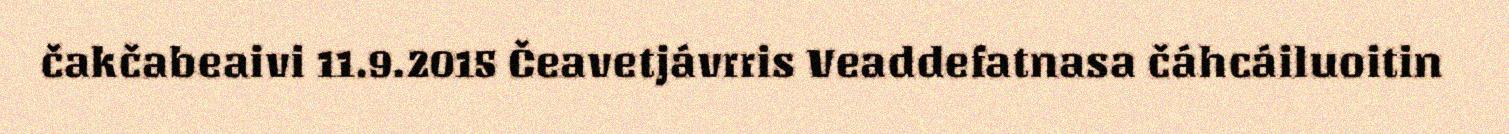
čakčabeaivi 11.9.2015 Čeavetjávrris Veaddefatnasa čáhcáiluoitin